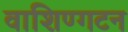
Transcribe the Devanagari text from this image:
वाशिण्गटन